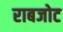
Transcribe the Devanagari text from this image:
राबजोट